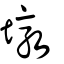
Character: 墩